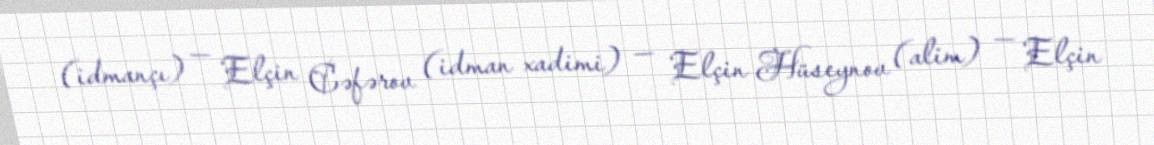
(idmançı) — Elçin Cəfərov (idman xadimi) — Elçin Hüseynov (alim) — Elçin